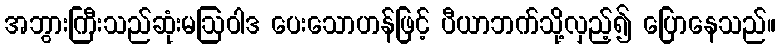
အဘွားကြီးသည်ဆုံးမဩဝါဒ ပေးသောဟန်ဖြင့် ပီယာဘက်သို့လှည့်၍ ပြောနေသည်။